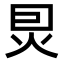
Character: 𤇀